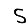
Digit: 5